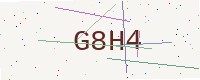
Text: G8H4